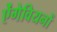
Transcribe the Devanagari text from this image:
ऐंगेवियनों